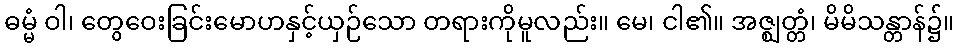
ဓမ္မံ ဝါ၊ တွေဝေးခြင်းမောဟနှင့်ယှဉ်သော တရားကိုမူလည်း။ မေ၊ ငါ၏။ အဇ္ဈတ္တံ၊ မိမိသန္တာန်၌။